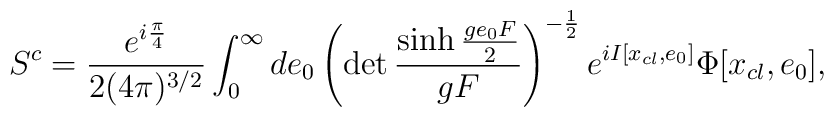
S^{c}=\frac{e^{i\frac{\pi}{4}}}{2(4\pi)^{3/2}}\int_{0}^{\infty}de_{0}\left(\det\frac{\sinh\frac{ge_{0}F}{2}}{gF}\right)^{-\frac{1}{2}}e^{iI[x_{cl},e_{0}]}\Phi[x_{cl},e_{0}],